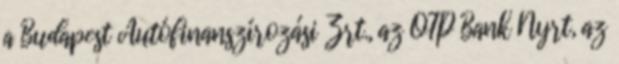
a Budapest Autófinanszírozási Zrt., az OTP Bank Nyrt, az